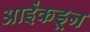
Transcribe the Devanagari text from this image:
आईंकडून